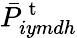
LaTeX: \bar{P}_{iymdh}^{\mathrm{~t~}}